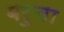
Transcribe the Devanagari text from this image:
बरुचा